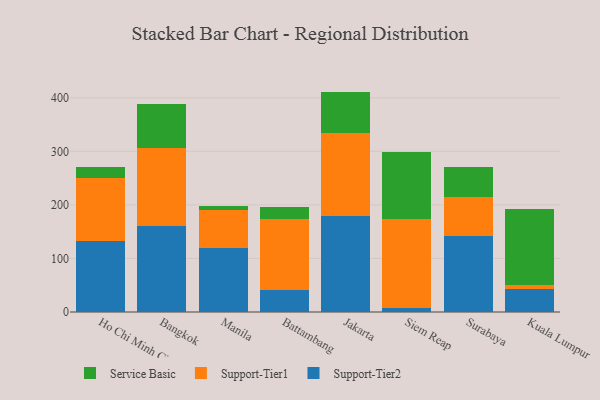
{"axis": {"x": "City", "y": "Demand Index"}, "legend": ["Service Basic", "Support-Tier1", "Support-Tier2"], "data": [{"x": "Ho Chi Minh City", "y": 132.7, "type": "Support-Tier2"}, {"x": "Ho Chi Minh City", "y": 118.4, "type": "Support-Tier1"}, {"x": "Ho Chi Minh City", "y": 19.4, "type": "Service Basic"}, {"x": "Bangkok", "y": 161.3, "type": "Support-Tier2"}, {"x": "Bangkok", "y": 144.1, "type": "Support-Tier1"}, {"x": "Bangkok", "y": 82.6, "type": "Service Basic"}, {"x": "Manila", "y": 119.8, "type": "Support-Tier2"}, {"x": "Manila", "y": 70.8, "type": "Support-Tier1"}, {"x": "Manila", "y": 7.3, "type": "Service Basic"}, {"x": "Battambang", "y": 40.5, "type": "Support-Tier2"}, {"x": "Battambang", "y": 133.5, "type": "Support-Tier1"}, {"x": "Battambang", "y": 21.8, "type": "Service Basic"}, {"x": "Jakarta", "y": 179.6, "type": "Support-Tier2"}, {"x": "Jakarta", "y": 154.2, "type": "Support-Tier1"}, {"x": "Jakarta", "y": 77.7, "type": "Service Basic"}, {"x": "Siem Reap", "y": 7.3, "type": "Support-Tier2"}, {"x": "Siem Reap", "y": 165.7, "type": "Support-Tier1"}, {"x": "Siem Reap", "y": 125.4, "type": "Service Basic"}, {"x": "Surabaya", "y": 141.8, "type": "Support-Tier2"}, {"x": "Surabaya", "y": 72.5, "type": "Support-Tier1"}, {"x": "Surabaya", "y": 56.8, "type": "Service Basic"}, {"x": "Kuala Lumpur", "y": 42.8, "type": "Support-Tier2"}, {"x": "Kuala Lumpur", "y": 8.5, "type": "Support-Tier1"}, {"x": "Kuala Lumpur", "y": 140.1, "type": "Service Basic"}]}